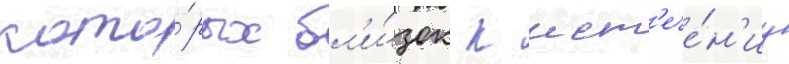
кото́рых бл'и́зок к ист'ече́н'иу